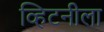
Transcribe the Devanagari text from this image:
व्हिटनीला